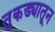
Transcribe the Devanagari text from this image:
तुकड्यातून